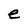
Character: e